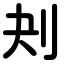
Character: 刔